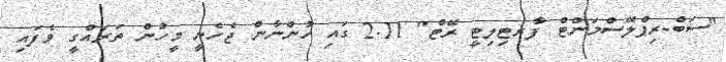
"ސަބް-ރިޕްލޭސްމަންޓް ފާރޓިލިޓީ ރޭޓް" 2.11 ގައި ހުންނާން ޖެހެނީ މީހުން ތަރައްގީ ވެފައި